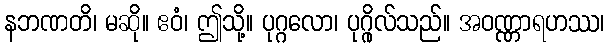
နဘဏတိ၊ မဆို။ ဧဝံ၊ ဤသို့။ ပုဂ္ဂလော၊ ပုဂ္ဂိုလ်သည်။ အဝဏ္ဏာရဟဿ၊